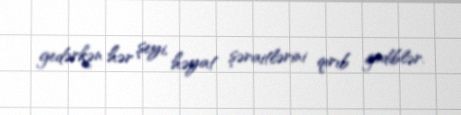
gedərkən hər şeyi, həyat şəraitlərini qırıb gediblər.